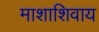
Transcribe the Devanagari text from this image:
माशाशिवाय